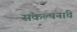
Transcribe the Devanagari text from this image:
संंकल्पनांंचे